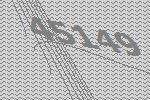
45149